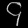
Digit: ၄